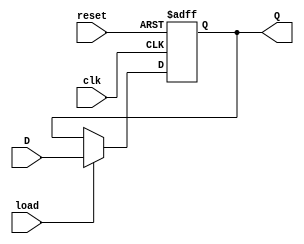
module Register_D_Flip_Flop(clk, reset, load, D, Q);
	parameter WIDTH = 8;
	input clk, reset, load;
	input [WIDTH - 1 : 0]D;
	output reg [WIDTH - 1 : 0]Q;

always @(posedge clk, posedge reset)begin
   if(reset)
      Q <= 0;
   else begin
      if(load)
         Q <= D;
   end
end

endmodule